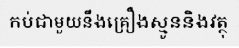
កប់ជាមួយនឹងគ្រឿងស្មូននិងវត្ថុ